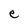
Character: e